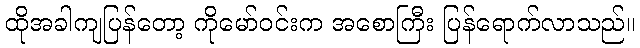
ထိုအခါကျပြန်တော့ ကိုမော်ဝင်းက အစောကြီး ပြန်ရောက်လာသည်။